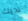
لديك